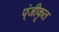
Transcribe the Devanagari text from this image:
प्ंजीकृत